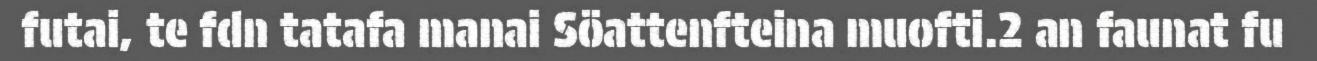
futai, te fdn tatafa manai Söattenfteina muofti.2 an faunat fu